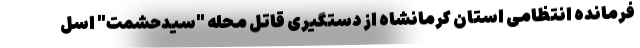
فرمانده انتظامی استان کرمانشاه از دستگیری قاتل محله "سیدحشمت" اسل